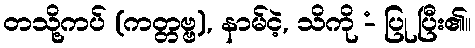
တသို့ကပ် (ကတ္တဗ္ဗ), နာမ်ငဲ့, သိကို -ံ ပြု ပြီး၏။